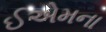
ઈએમના